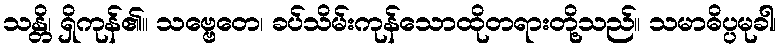
သန္တိ၊ ရှိကုန်၏။ သဗ္ဗေတေ၊ ခပ်သိမ်းကုန်သောထိုတရားတို့သည်။ သမာဓိပ္ပမုခါ၊